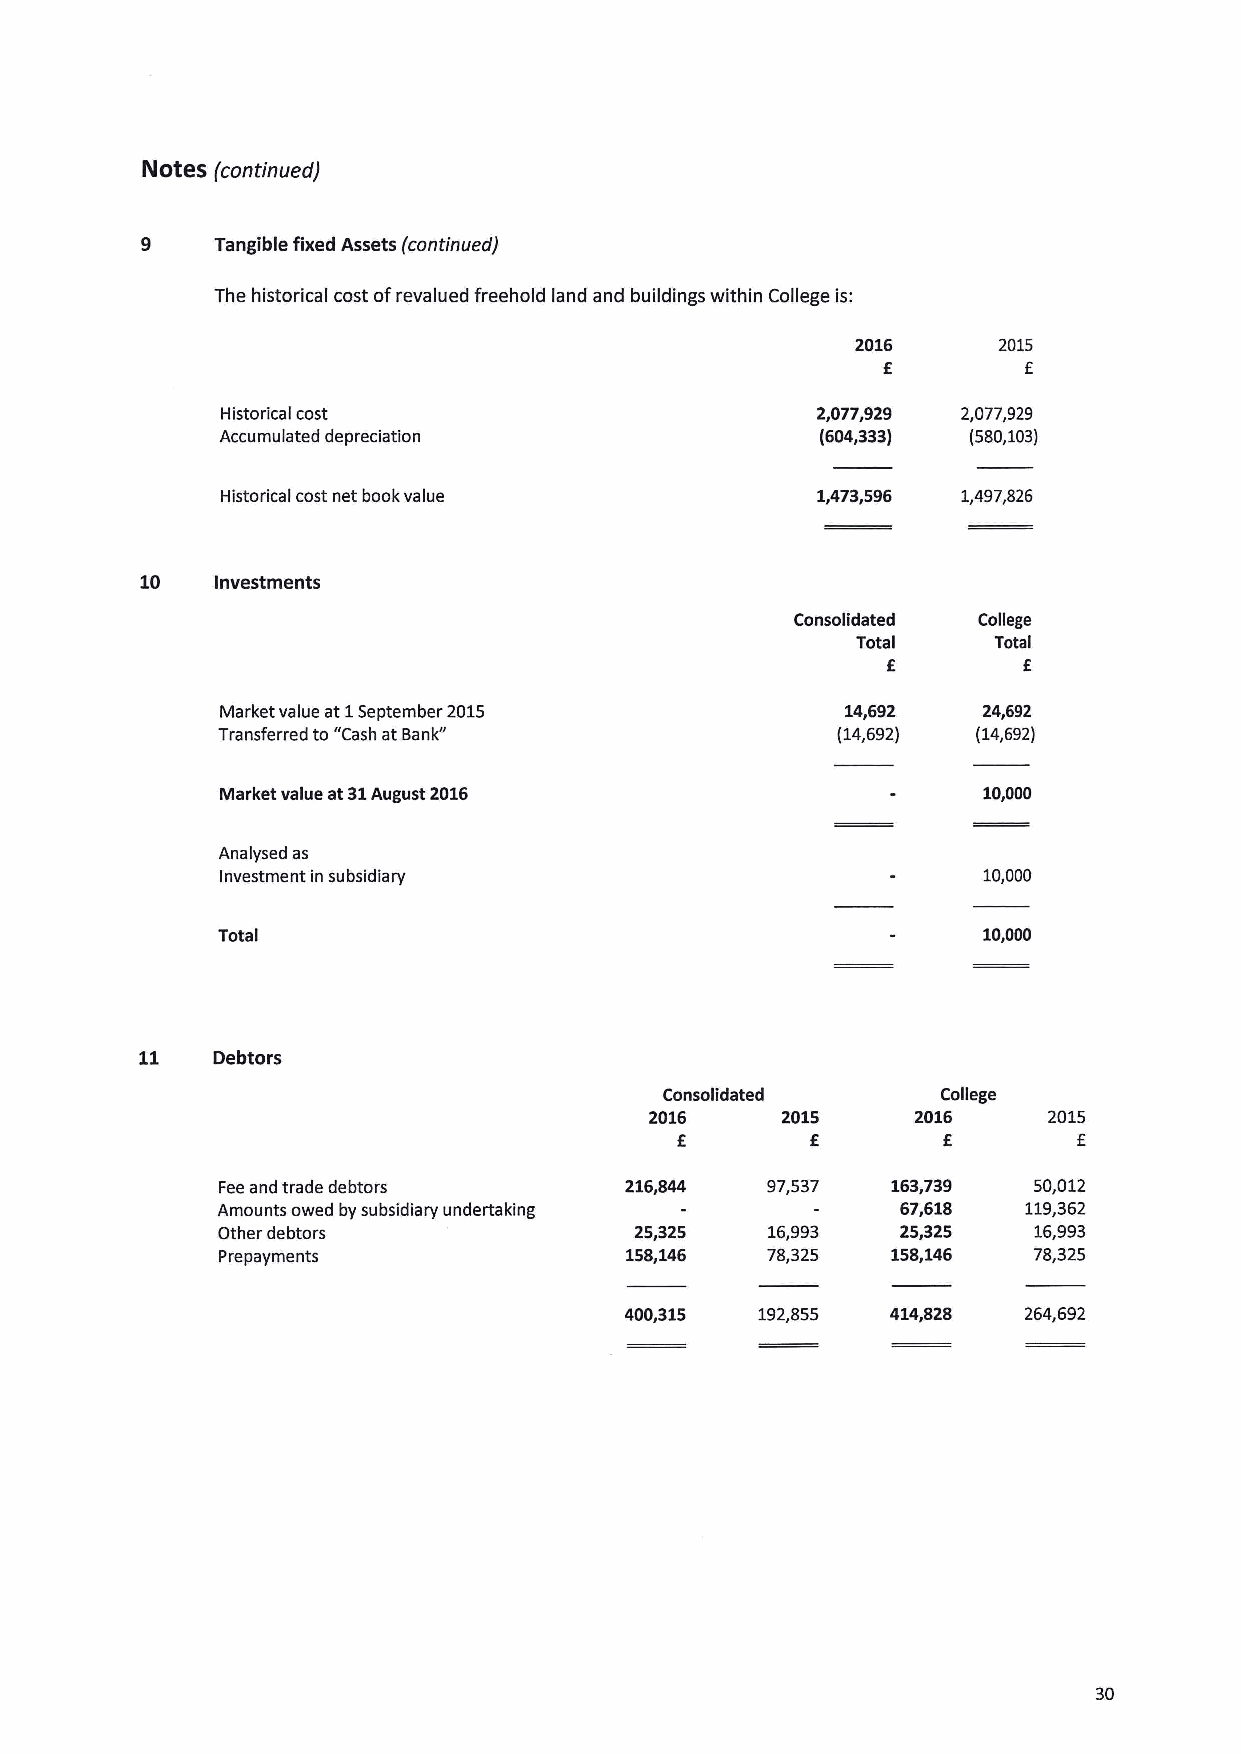
NOtes (continued)
 9    Tangible fixed Assets (continued)
 The historical cost ofrevalued freehold land and buildings within College is:
 2016     2015
 f         f
 Historical cost                        2,077,929 2,077,929
 Accumulated depreciation               (604,333) (580,103)
 Historical cost net book value         1,473,596 1,497,826
 10   Investments
 Consolidated College
 Total    Total
 f        f
 Market value at 1September 2015          14,692   24,692
 Transferred to "Cash at Bank"            (14,692)  (14,692)
 Market value at 31August 2016                     10,000
 Analysed as
 Investment in subsidiary                          10,000
 Total                                              10,000
 11   Debtors
 Consolidated      College
 2016     2015     2016    2015
 f        f       f        f
 Feeand trade debtors       216,844   97,537  163,739  50,012
 Amounts owed by subsidiary undertaking        67,618  119,362
 Other debtors               25,325   16,993   25,325  16,993
 158,146   78,325  158,146  78,325
 P repayments
 400,315  192,855  414,828  264,692
 30